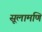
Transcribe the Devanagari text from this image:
सूलामणि